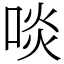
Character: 啖